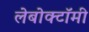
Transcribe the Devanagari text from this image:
लेबोक्टॉमी